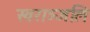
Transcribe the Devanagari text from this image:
स्वराञ्जलि